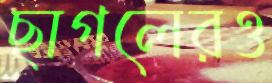
ছাগলেরও